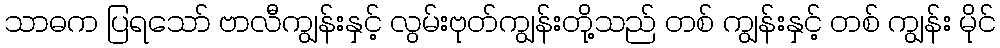
သာဓက ပြရသော် ဗာလီကျွန်းနှင့် လွမ်းဗုတ်ကျွန်းတို့သည် တစ် ကျွန်းနှင့် တစ် ကျွန်း မိုင်